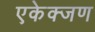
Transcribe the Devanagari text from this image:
एकेक्जण